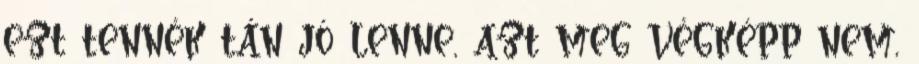
ezt tennék tán jó lenne, azt meg végképp nem,